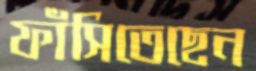
ফাঁসিতেছেন